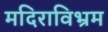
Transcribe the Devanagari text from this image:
मदिराविभ्रम